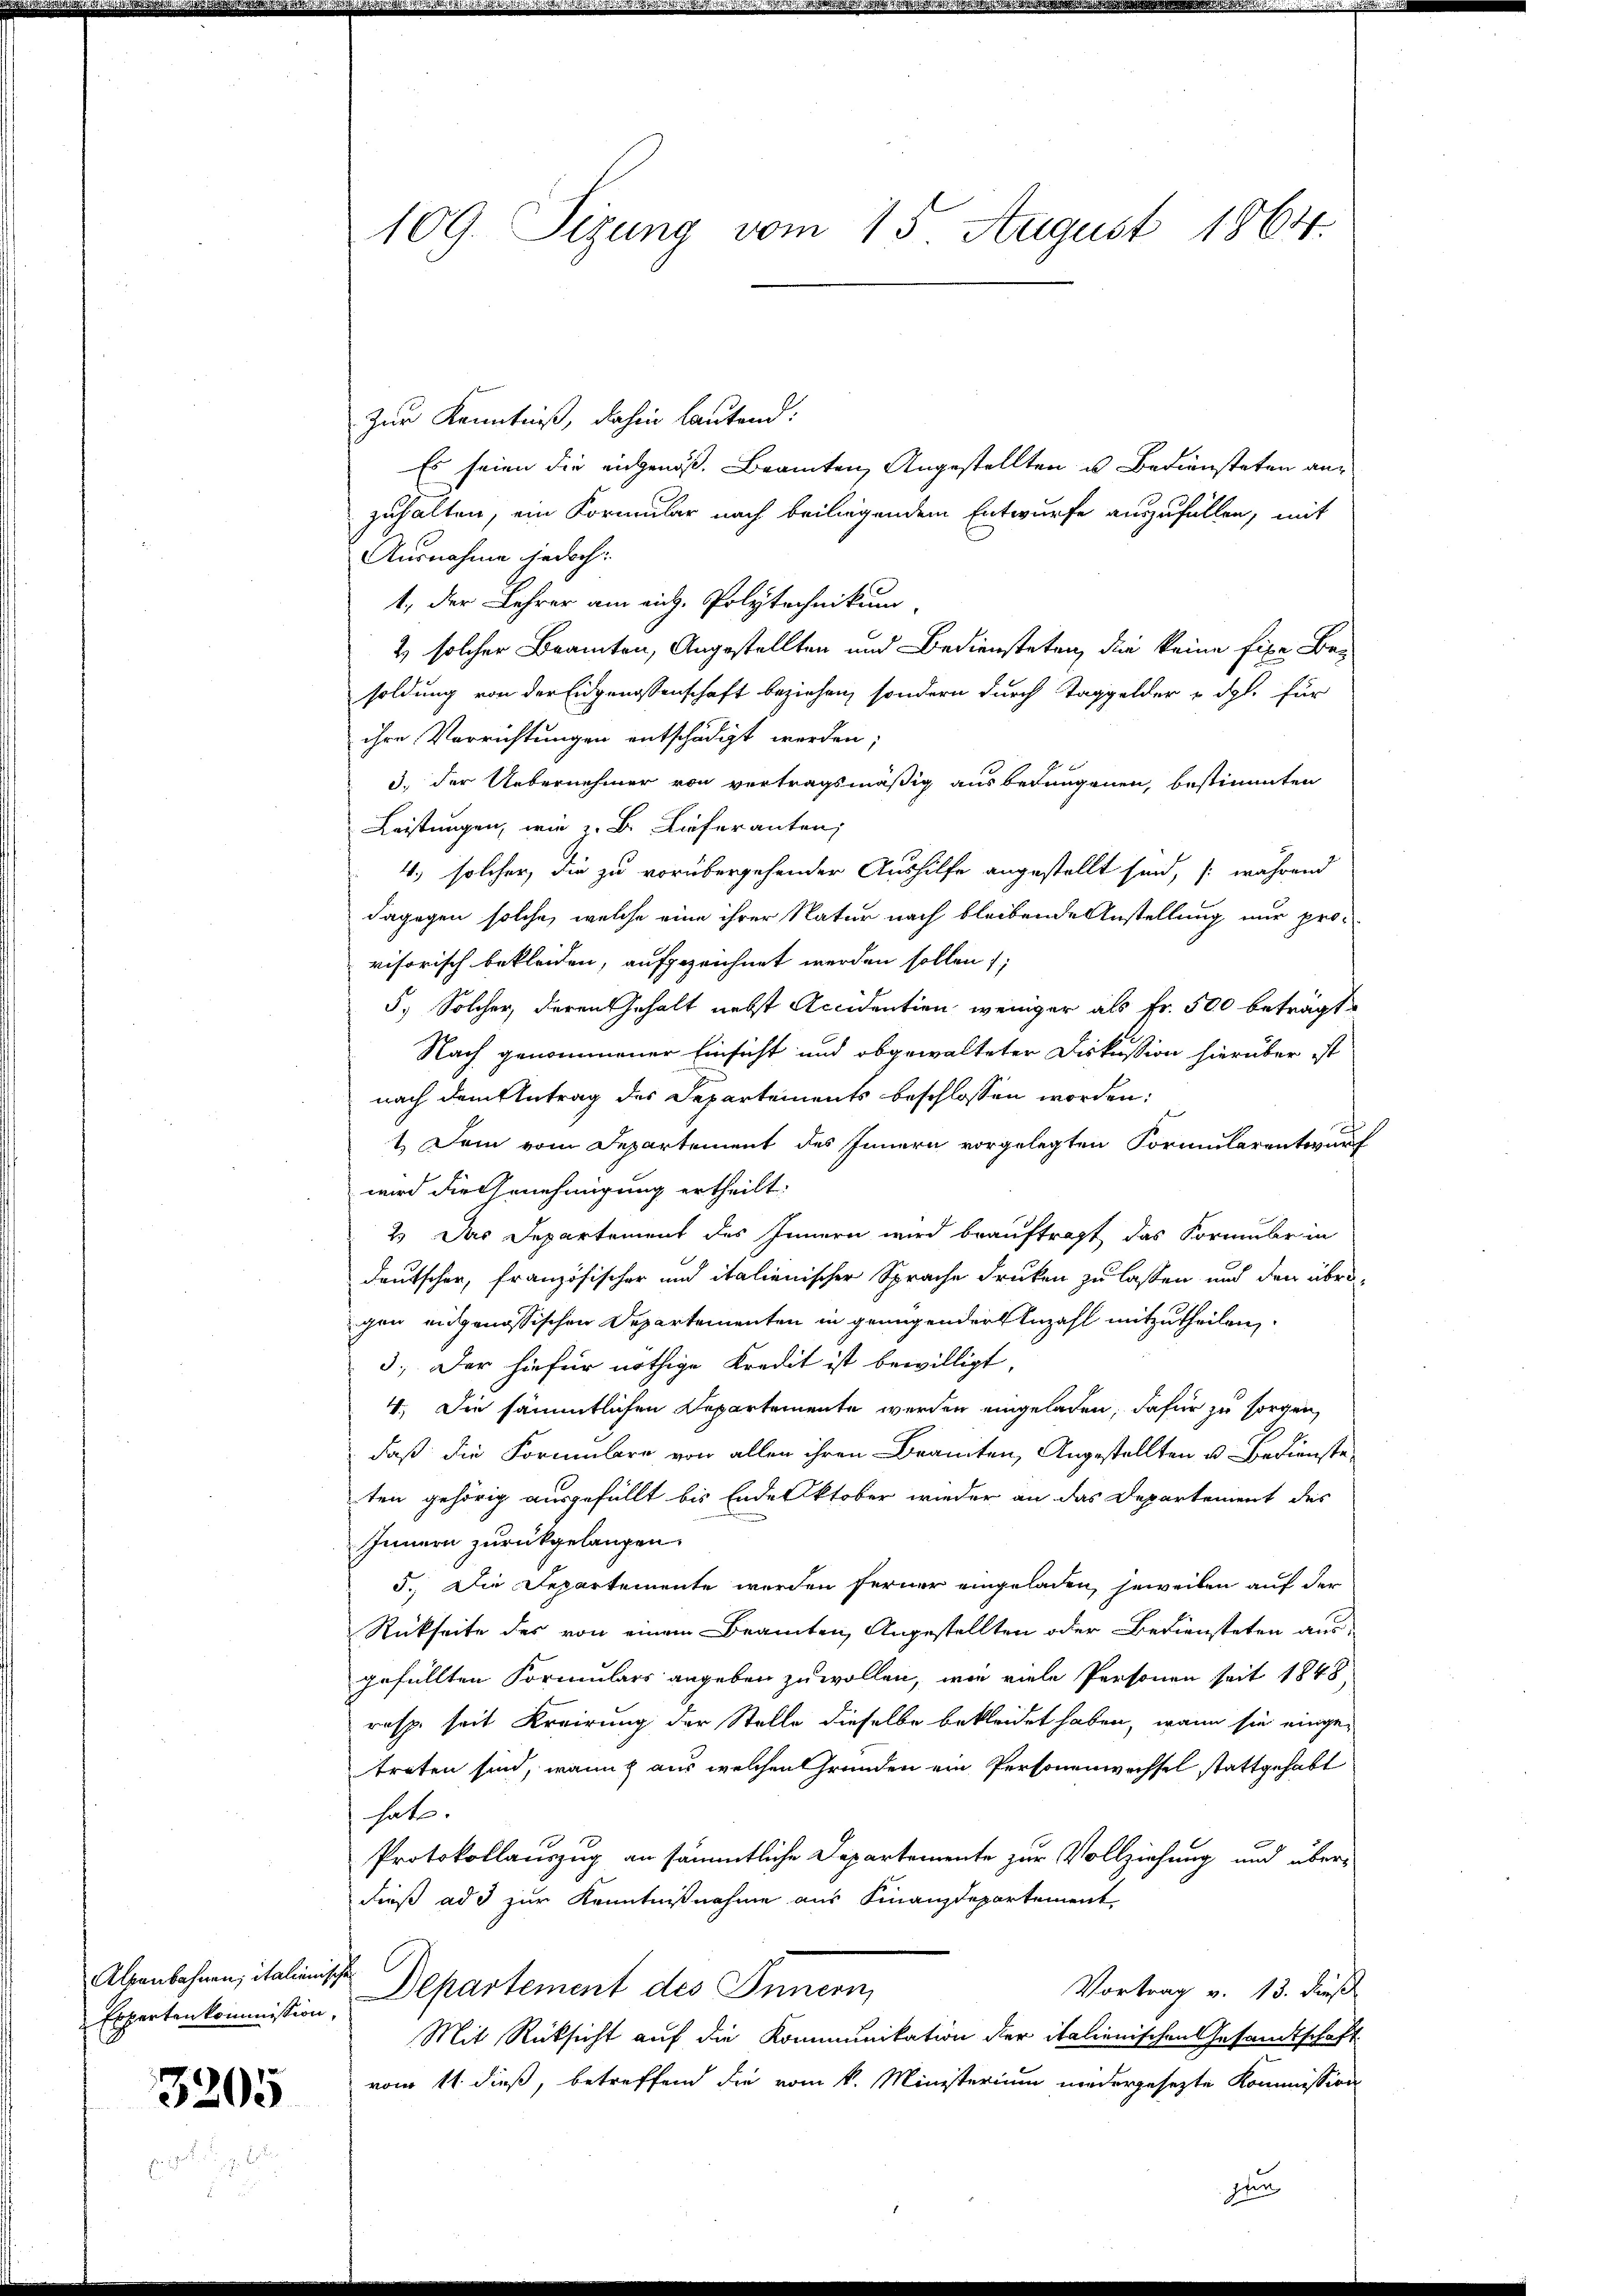
Alpenbahnen, italienis
Erpartenkommission

3205

109. Sizung vom 15. August 1864.

zur Kenntniß, dahin lautend:
Es seien die eingenoß. Beamten Angestellten u. Bediensteten anzuhalten, ein Formular nach beiligendem Entwurfe auszufüllen, mit
Ausnahme jedoch:
1, der Lehrer am rich. Polytechnikum
2 solcher Beamten, Angestellten und Bediensteten, die keine fixe Be-
soldung von der Eidgenossenschaft beziehen, sondern durch Taggelder u. dgl. für
ihre Verrichtungen entschädigt werden;
3. der Uebernehmer von vertragsmäßig ausbedungenen, bestimmten
Leistungen, wie z. B. Lieferanten,
4.) solcher, die zu vorübergehender Aushilfe angestellt sind, während
dagegen solche, welche eine ihrer Natur nach bleibende Anstellung nur provisorisch bekleiden, aufgezeichnet werden sollen;
5, Solcher, deren Gehalt nebst Accidention weniger als Fr. 500 beträgt
Nach genommener Einsicht und obgewalteter Diskussion hierüber ist
nach dem Antrag des Departements beschlossen worden:
1.) Dem vom Departement des Innern vorgelegten Formularentwurf
wird die Genehmigung ertheilt.
2.) Das Departement des Innern wird beauftragt, das Formular in
deutscher, französischer und italienischer Sprache drucken zu lassen und den übrigen eidgenössischen Departementen in grungender Anzahl mitzutheilen,
3.) Der hiefür nöthige Kredit ist bewilligt,
4.) Die sämmtlichen Departemente werden eingeladen, dafür zu sorgen
daß die Formulare von allen ihren Branten, Angestellten u. Bedienste
ten gehörig ausgefüllt bis Ende Oktober wieder an das Departement des
Innern zurückgelangen.
5. Die Departemente werden ferner eingeladen, jeweiben auf der
Rückseite des von einem Beamten Angestellten oder Bediensteten aus-
gefüllten Formulars angeben zu wollen, wie viele Personen seit 1848
resp. seit Krairung der Stelle dieselbe bekleidet haben, wenn sie einge-
treten sind, wenn aus welchen Gründen ein Personenwechsel stattgehabt
hat.
Protokollauszug an sämmtliche Departemente zur Vollziehung und überdieß ad 3 zur Kenntnißnahme aus Finanzdepartement
2 Departement des Innern,
Vortrag v. 13. dieß
Mit Rücksicht auf die Kommunikation der italienischen Gesandtschaft
vom 11. dieß, betreffend die vom k. Ministerium niedergesezte Kommission

d

fin